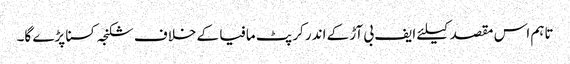
تاہم اس مقصد کیلئے ایف بی آڑ کے اندر کرپٹ مافیا کے خلاف شکنجہ کسنا پڑے گا۔